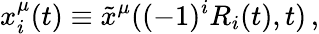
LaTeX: x_{i}^{\mu}(t)\equiv\tilde{x}^{\mu}((-1)^{i}R_{i}(t),t)\, ,